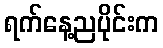
ရက်နေ့ညပိုင်းက